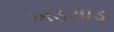
ખડસાડ